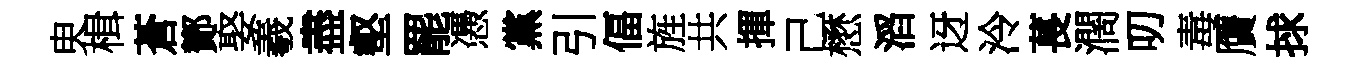
㬰楫蒼鄼娶羲盡壑罷慿黨引偪旌共揮己懋滔迓泠萇濶叨毒贋捄